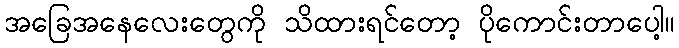
အခြေအနေလေးတွေကို သိထားရင်တော့ ပိုကောင်းတာပေါ့။